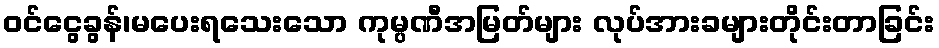
ဝင်ငွေခွန်၊မပေးရသေးသော ကုမ္ပဏီအမြတ်များ လုပ်အားခများတိုင်းတာခြင်း